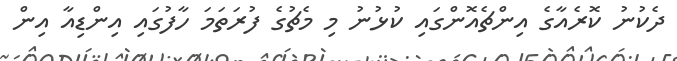
ދެކުނު ކޮރެއާގެ އިންޗެއޮންގައި ކުޅުނު މި މެޗުގެ ފުރަތަމަ ހާފުގައި އިންޑިއާ އިން